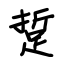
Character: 踅